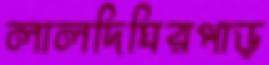
লালদিঘিরপাড়